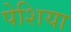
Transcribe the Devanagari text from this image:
पेशिया